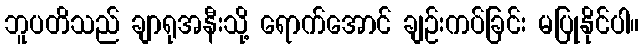
ဘူပတိသည် ချာရုအနီးသို့ ရောက်အောင် ချဉ်းကပ်ခြင်း မပြုနိုင်ပါ။